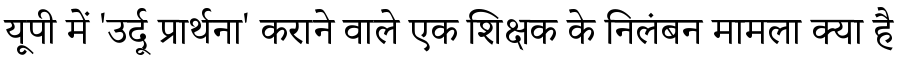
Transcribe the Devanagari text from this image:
यूपी में 'उर्दू प्रार्थना' कराने वाले एक शिक्षक के निलंबन मामला क्या है